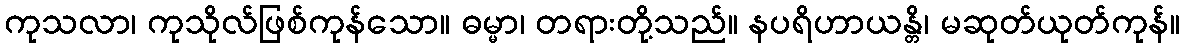
ကုသလာ၊ ကုသိုလ်ဖြစ်ကုန်သော။ ဓမ္မာ၊ တရားတို့သည်။ နပရိဟာယန္တိ၊ မဆုတ်ယုတ်ကုန်။